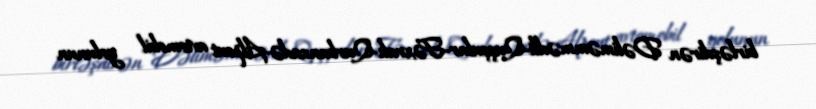
birləşdirən Dəliməmmədli-Quşçular-Fəxralı-Qurbanzadə-Alpout avtomobil yolunun